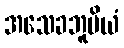
အသေခဘူမိယံ